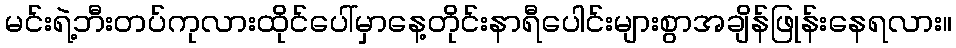
မင်းရဲ့ဘီးတပ်ကုလားထိုင်ပေါ်မှာနေ့တိုင်းနာရီပေါင်းများစွာအချိန်ဖြုန်းနေရလား။